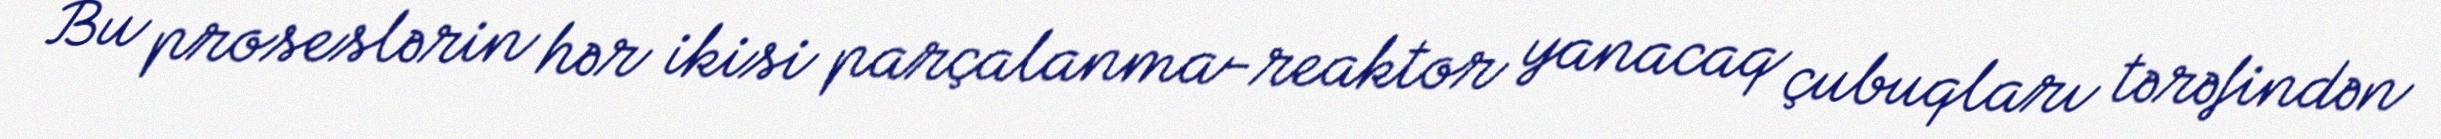
Bu proseslərin hər ikisi parçalanma-reaktor yanacaq çubuqları tərəfindən